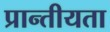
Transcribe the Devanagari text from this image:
प्रान्तीयता